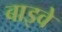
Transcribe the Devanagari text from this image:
बाइवे